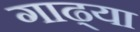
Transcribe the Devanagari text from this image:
गाढ्या